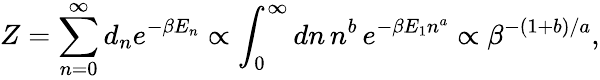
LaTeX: Z=\sum_{n=0}^{\infty}d_{n}e^{-\beta E_{n}}\propto\int_{0}^{\infty}dn\, n^{b}\, e^{-\beta E_{1}n^{a}}\propto\beta^{-(1+b)/a},